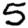
Digit: 5